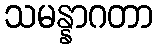
သမန္နာဂတာ